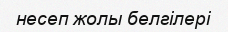
несеп жолы белгілері